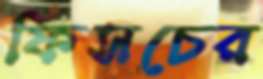
ফিসচের